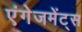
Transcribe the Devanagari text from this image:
एंगेजमेंट्स